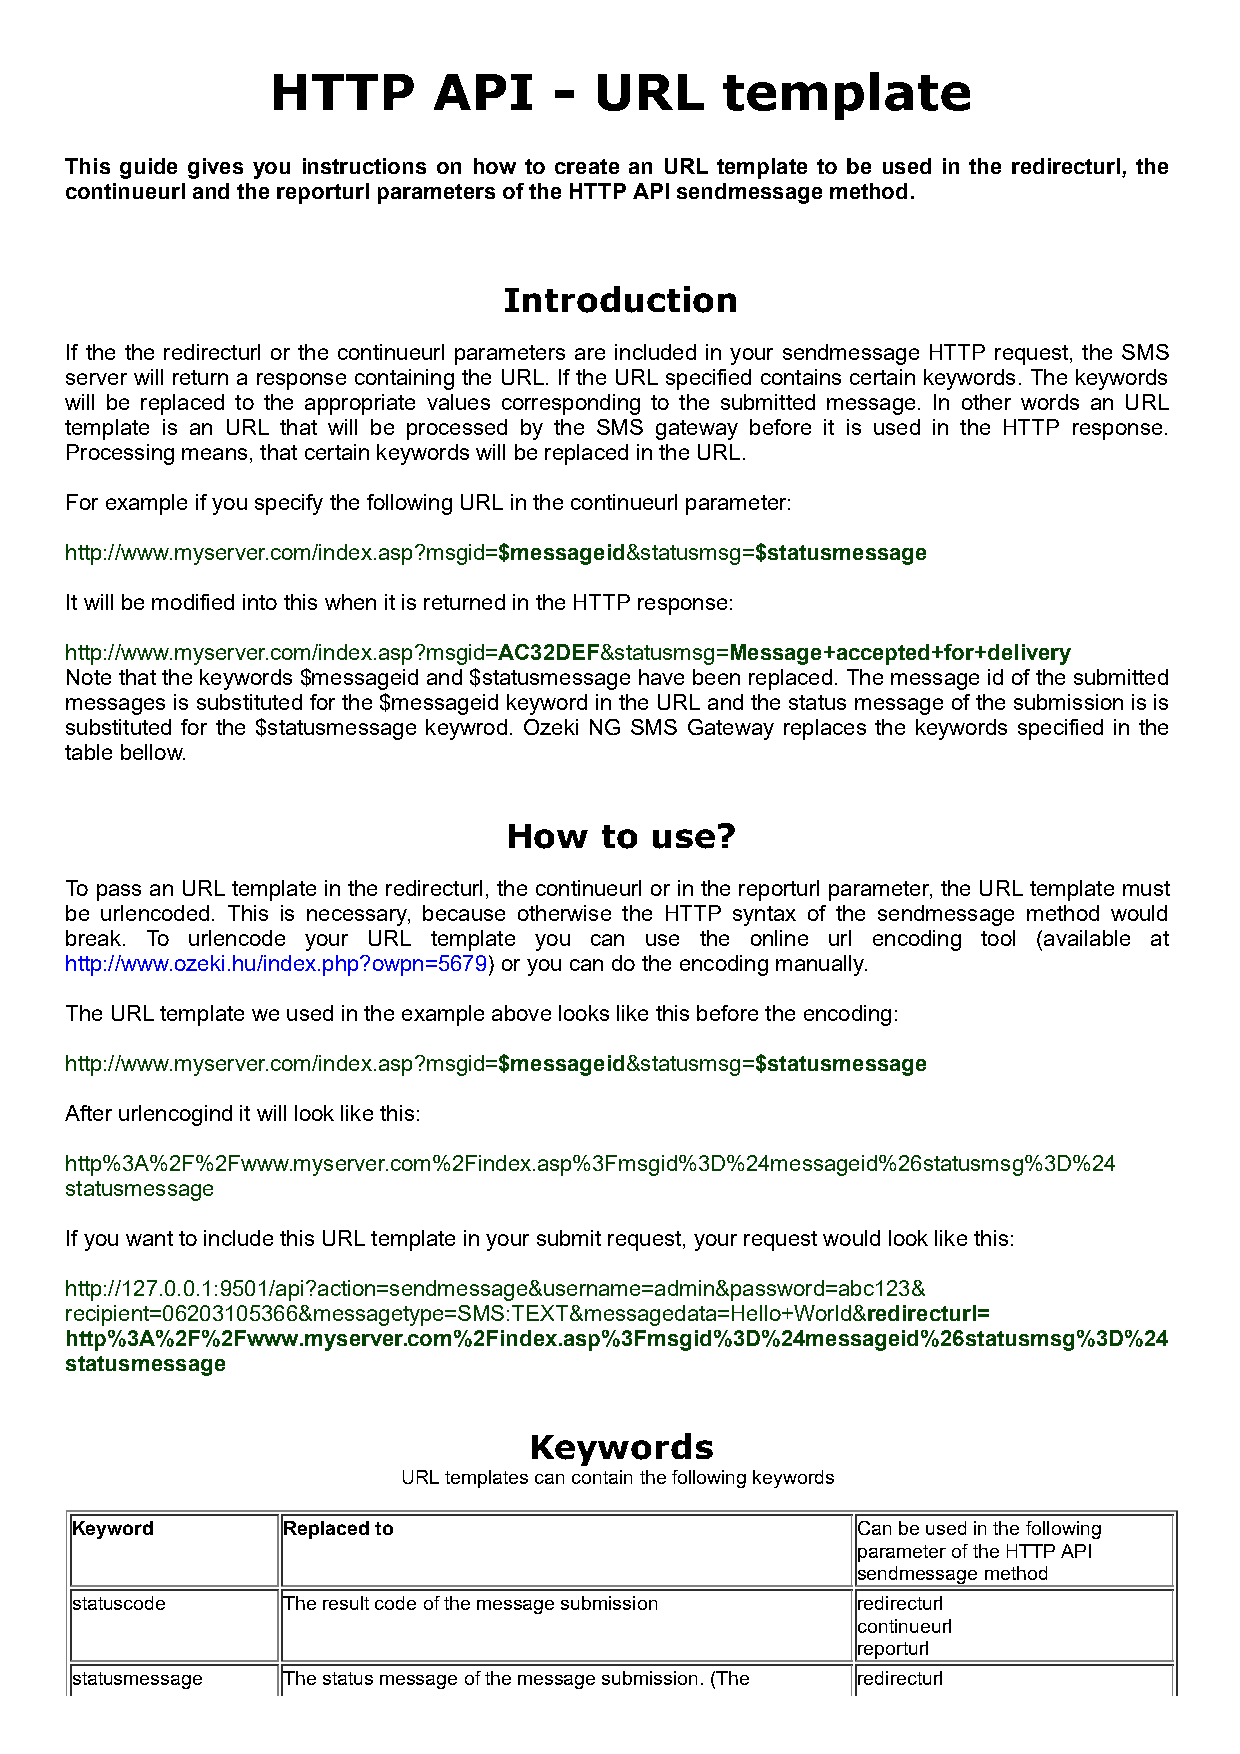
HTTP       API     - URL      template
 This guide gives you instructions on how to create an URL template to be used in the redirecturl, the
 continueurl and the reporturl parameters of the HTTP API sendmessage method.
 Introduction
 If the the redirecturl or the continueurl parameters are included in your sendmessage HTTP request, the SMS
 server will return a response containing the URL. If the URL specified contains certain keywords. The keywords
 will be replaced to the appropriate values corresponding to the submitted message. In other words an URL
 template is an URL that will be processed by the SMS gateway before it is used in the HTTP response.
 Processing means, that certain keywords will be replaced in the URL.
 For example if you specify the following URL in the continueurl parameter:
 http://www.myserver.com/index.asp?msgid=$messageid&statusmsg=$statusmessage
 It will be modified into this when it is returned in the HTTP response:
 http://www.myserver.com/index.asp?msgid=AC32DEF&statusmsg=Message+accepted+for+delivery
 Note that the keywords $messageid and $statusmessage have been replaced. The message id of the submitted
 messages is substituted for the $messageid keyword in the URL and the status message of the submission is is
 substituted for the $statusmessage keywrod. Ozeki NG SMS Gateway replaces the keywords specified in the
 table bellow.
 How    to use?
 To pass an URL template in the redirecturl, the continueurl or in the reporturl parameter, the URL template must
 be urlencoded. This is necessary, because otherwise the HTTP syntax of the sendmessage method would
 break. To urlencode your URL template you can use the online url encoding tool (available at
 http://www.ozeki.hu/index.php?owpn=5679) or you can do the encoding manually.
 The URL template we used in the example above looks like this before the encoding:
 http://www.myserver.com/index.asp?msgid=$messageid&statusmsg=$statusmessage
 After urlencogind it will look like this:
 http%3A%2F%2Fwww.myserver.com%2Findex.asp%3Fmsgid%3D%24messageid%26statusmsg%3D%24
 statusmessage
 If you want to include this URL template in your submit request, your request would look like this:
 http://127.0.0.1:9501/api?action=sendmessage&username=admin&password=abc123&
 recipient=06203105366&messagetype=SMS:TEXT&messagedata=Hello+World&redirecturl=
 http%3A%2F%2Fwww.myserver.com%2Findex.asp%3Fmsgid%3D%24messageid%26statusmsg%3D%24
 statusmessage
 Keywords
 URL templates can contain the following keywords
 Keyword       Replaced to                           Can be used in the following
 parameter of the HTTP API
 sendmessage method
 statuscode    The result code of the message submission redirecturl
 continueurl
 reporturl
 statusmessage The status message of the message submission. (The redirecturl